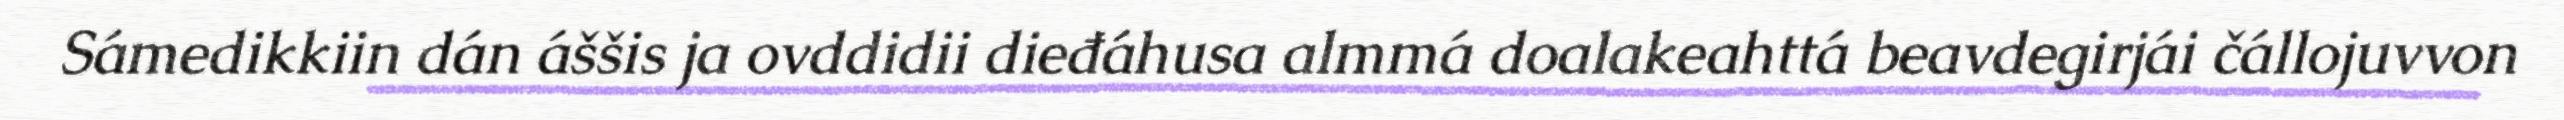
Sámedikkiin dán áššis ja ovddidii dieđáhusa almmá doalakeahttá beavdegirjái čállojuvvon